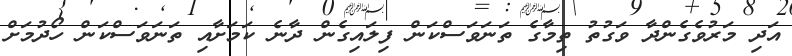
އަދި މަރުވެގެންދާ ވަގުތު ތިމާގެ ތަނަވަސްކަން ފިލައިގެން ދާނެ ކަމަށާއި ތަނަވަސްކަން ހޯދުމަށް